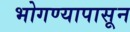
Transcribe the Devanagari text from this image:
भोगण्यापासून